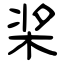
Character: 桨